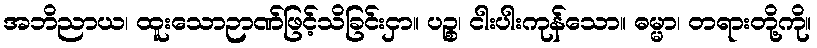
အဘိညာယ၊ ထူးသောဉာဏ်ဖြင့်သိခြင်းငှာ။ ပဉ္စ၊ ငါးပါးကုန်သော။ ဓမ္မာ၊ တရားတို့ကို။